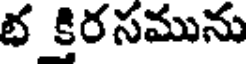
భ కిరసమును